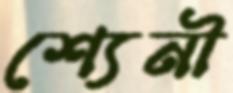
শ্যেনী